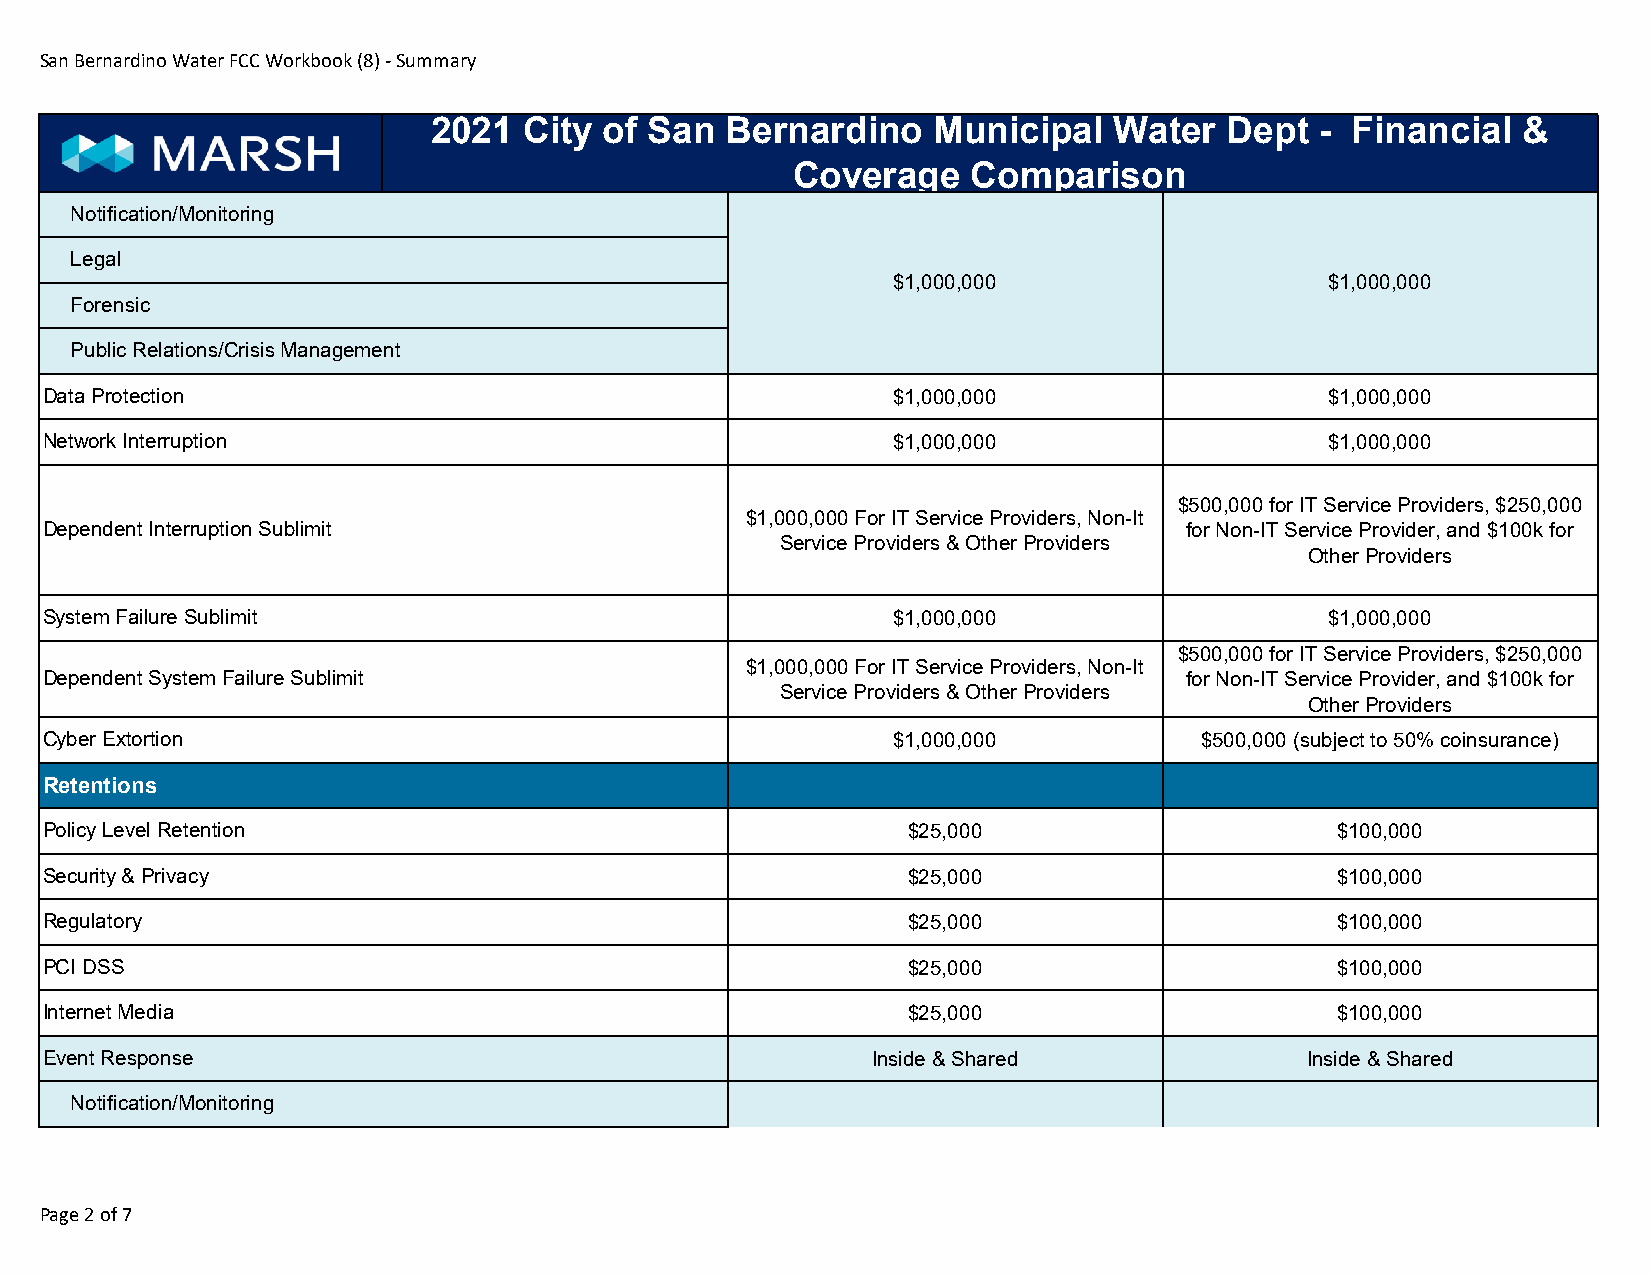
San Bernardino Water FCC Workbook (8) - Summary
 2021  City of San  Bernardino    Municipal   Water  Dept  - Financial   &
 Coverage    Comparison
 Notification/Monitoring
 Legal
 $1,000,000                   $1,000,000
 Forensic
 Public Relations/Crisis Management
 Data Protection                                         $1,000,000                   $1,000,000
 Network Interruption                                    $1,000,000                   $1,000,000
 $500,000 for IT Service Providers, $250,000
 $1,000,000 For IT Service Providers, Non-It
 Dependent Interruption Sublimit                                            for Non-IT Service Provider, and $100k for
 Service Providers & Other Providers
 Other Providers
 System Failure Sublimit                                 $1,000,000                   $1,000,000
 $500,000 for IT Service Providers, $250,000
 $1,000,000 For IT Service Providers, Non-It
 Dependent System Failure Sublimit                                          for Non-IT Service Provider, and $100k for
 Service Providers & Other Providers
 Other Providers
 Cyber Extortion                                         $1,000,000          $500,000 (subject to 50% coinsurance)
 Retentions
 Policy Level Retention                                   $25,000                     $100,000
 Security & Privacy                                       $25,000                     $100,000
 Regulatory                                               $25,000                     $100,000
 PCI DSS                                                  $25,000                     $100,000
 Internet Media                                           $25,000                     $100,000
 Event Response                                         Inside & Shared             Inside & Shared
 Notification/Monitoring
 Page 2 of 7